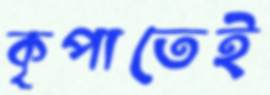
কৃপাতেই